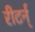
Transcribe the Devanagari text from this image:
रीटर्न्